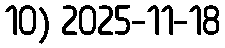
10) 2025-11-18